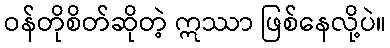
ဝန်တိုစိတ်ဆိုတဲ့ ဣဿာ ဖြစ်နေလို့ပဲ။